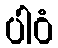
ပါဝံ